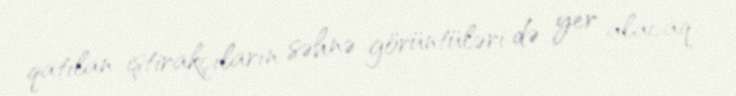
qatılan iştirakçıların səhnə görüntüləri də yer alacaq.